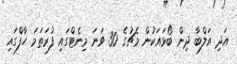
އަދި އަލްބާ ދިން ބޯޅައަކުން މެޗުގެ 30 ވަނަ މިނެޓްގައި ފުރަތަމަ ހާފްގައި